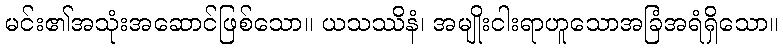
မင်း၏အသုံးအဆောင်ဖြစ်သော။ ယသဿိနံ၊ အမျိုးငါးရာဟူသောအခြံအရံရှိသော။